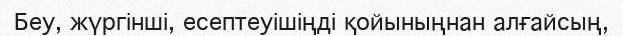
Беу, жүргінші, есептеуішіңді қойыныңнан алғайсың,